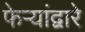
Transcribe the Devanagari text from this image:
फेर्‍यांद्वारे